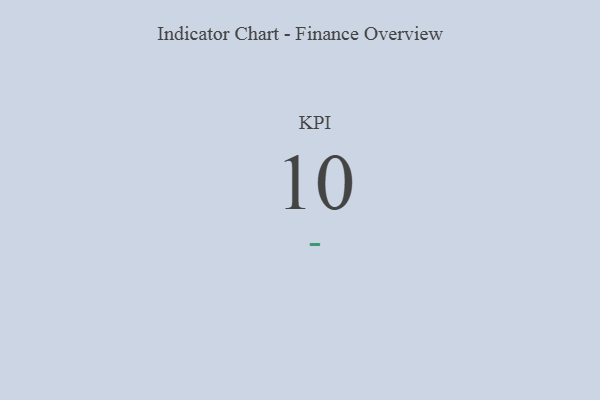
{"axis": {"x": "KPI", "y": "Value"}, "legend": [""], "data": [{"x": "KPI", "y": 10, "type": ""}]}